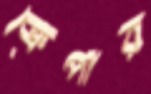
ক্রেপার